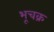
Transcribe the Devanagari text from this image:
भूचक्र